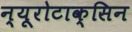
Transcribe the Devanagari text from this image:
न्यूरोटाक्सिन